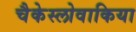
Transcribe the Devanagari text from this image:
चैकेस्लोवाकिया